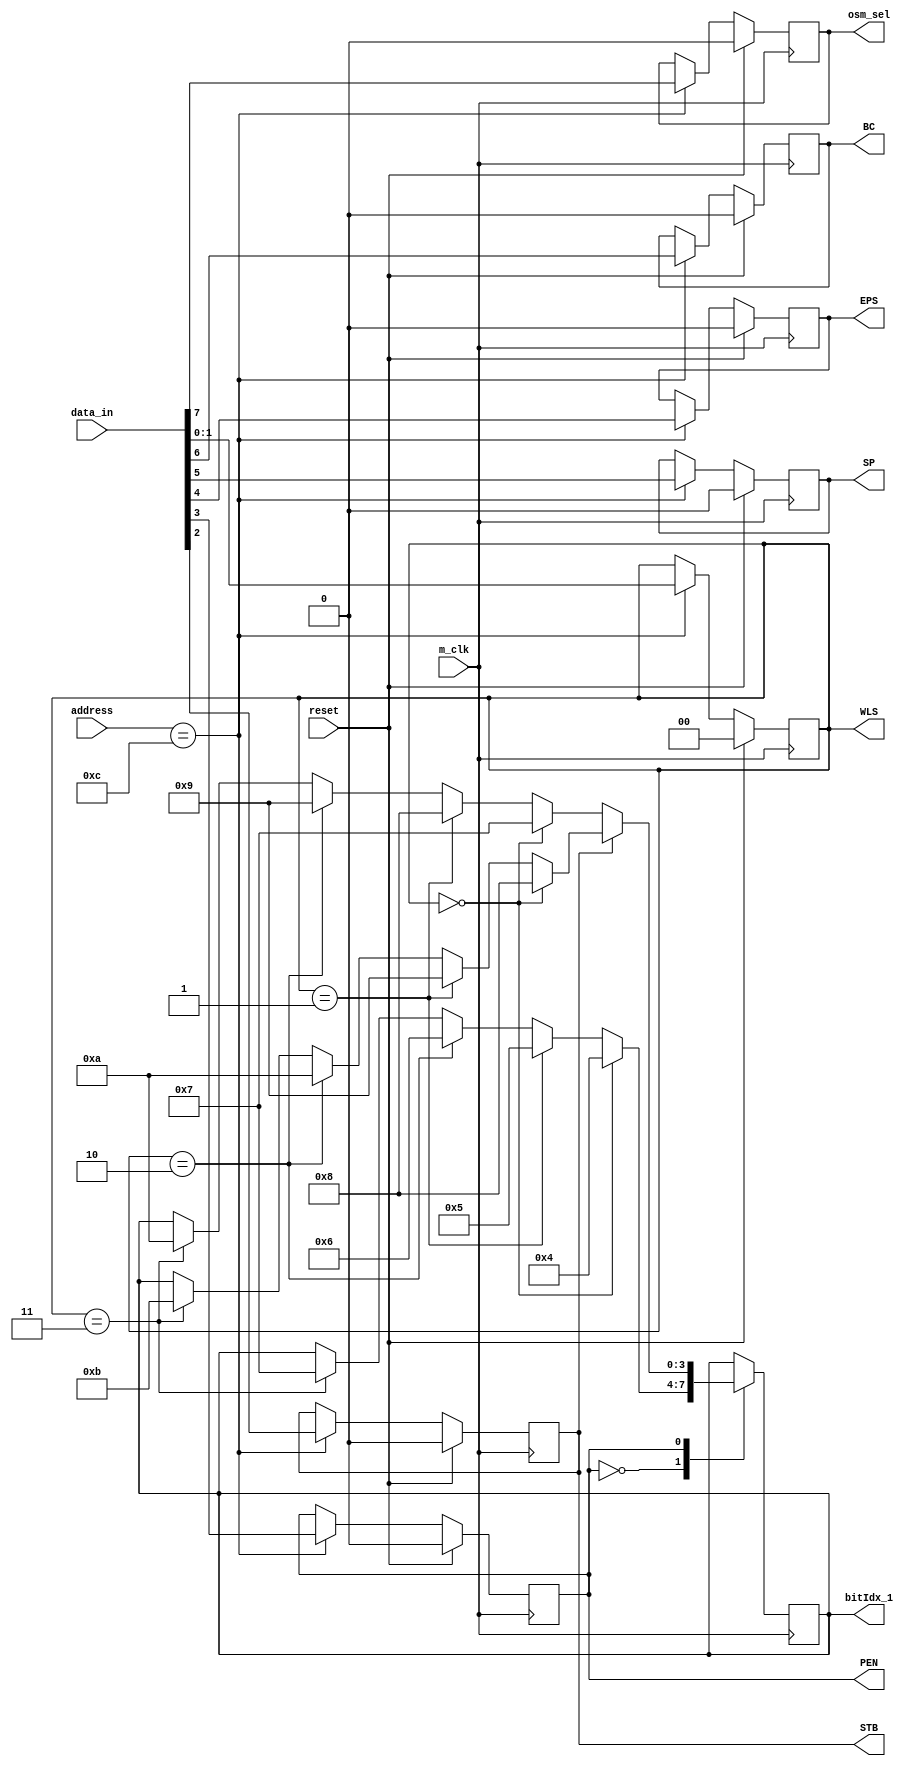

`timescale 1ns / 1ns
//address 0ch

module LINE_CONTROL_REGISTER(osm_sel,bitIdx_1,reset,address,m_clk,data_in,WLS,STB,PEN,EPS,SP,BC);
input wire [7:0] data_in;
input wire [15:0] address;
input wire reset,m_clk;
output reg STB,PEN,EPS,SP,BC;
output reg [1:0] WLS;
output reg [3:0] bitIdx_1;
output reg osm_sel;
wire [1:0] WLS1;
wire STB1;

assign WLS1={data_in[1],data_in[0]};
assign STB1=data_in[2];

always @(posedge m_clk)
 begin   
   if(reset==1'b1)
   begin
    WLS<=2'b00;
    STB<=1'b0;
    PEN<=1'b0;
    EPS<=1'b0;
    SP<=1'b0;
    BC<=1'b0;
	 osm_sel<=1'b0;
   end
else begin
  if(address==16'h000c)
   begin
    WLS<=WLS1;
    STB<=STB1;
    PEN<=data_in[3];
    EPS<=data_in[4];
    SP<=data_in[5];
    BC<=data_in[6];
	 osm_sel<=data_in[7];
   end
end
end
//new added
always @(posedge m_clk) 
begin
case (PEN)
1'b0: begin
		if(WLS==2'b00) 
		bitIdx_1<=3'b100;
		else if(WLS==2'b01)  
		bitIdx_1<=3'b101;
		else if(WLS==2'b10) 
		bitIdx_1<=3'b110;
		else if(WLS==2'b11) 
		bitIdx_1<=3'b111;
		end
1'b1: begin
      if(STB==1'b0)
		begin
		if(WLS==2'b00) 
		bitIdx_1<=4'b0111;
		else if(WLS==2'b01)  
		bitIdx_1<=4'b1000;
		else if(WLS==2'b10) 
		bitIdx_1<=4'b1001;
		else if(WLS==2'b11) 
		bitIdx_1<=4'b1010;
		end
		else 
		begin
		if(WLS==2'b00) 
		bitIdx_1<=4'b1000;
		else if(WLS==2'b01)  
		bitIdx_1<=4'b1001;
		else if(WLS==2'b10) 
		bitIdx_1<=4'b1010;
		else if(WLS==2'b11) 
		bitIdx_1<=4'b1011;
		end
		end
endcase
end
endmodule